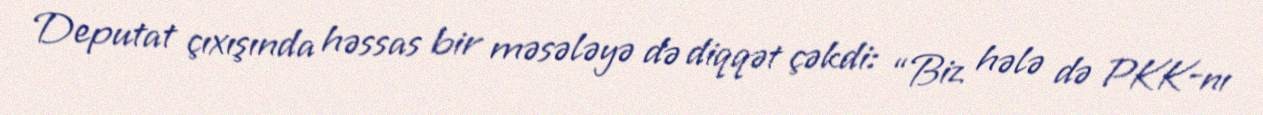
Deputat çıxışında həssas bir məsələyə də diqqət çəkdi: “Biz hələ də PKK-nı